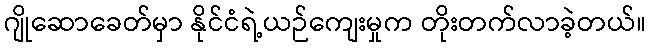
ဂျိုဆောခေတ်မှာ နိုင်ငံရဲ့ယဉ်ကျေးမှုက တိုးတက်လာခဲ့တယ်။